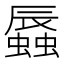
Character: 𧒏